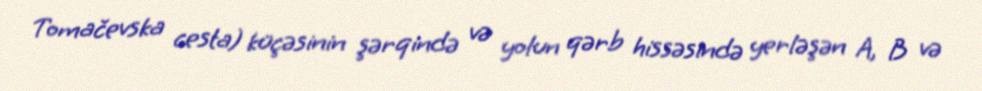
Tomačevska cesta) küçəsinin şərqində və yolun qərb hissəsində yerləşən A, B və